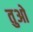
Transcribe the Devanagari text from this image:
तुओ